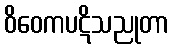
ဝိဝေကပဋိသညုတာ